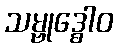
သမ္ဗုဒ္ဓေါဝ